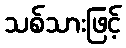
သစ်သားဖြင့်